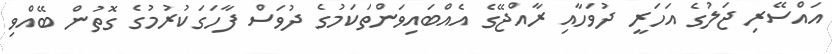
އައްސޭރި ޖަލުގެ އަހަރީ ދުވަހާއި ރާއްޖޭގެ އެއްބައިވަންތަކަމުގެ ދުވަސް ފާހަގަކުރުމުގެ ގޮތުން ބޭއްވި